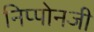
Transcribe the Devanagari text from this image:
निप्पोनजी